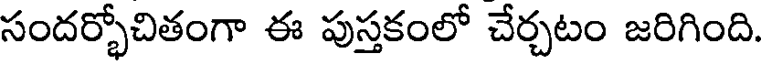
సందర్భోచితంగా ఈ పుస్తకంలో చేర్చటం జరిగింది.